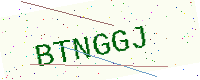
Text: BTNGGJ